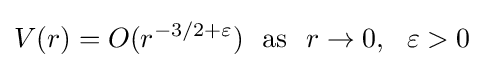
V(r)=O(r^{-3/2+\varepsilon })~{\text{ as }}~r\rightarrow 0,~~\varepsilon >0